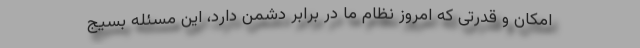
امکان و قدرتی که امروز نظام ما در برابر دشمن دارد، این مسئله بسیج